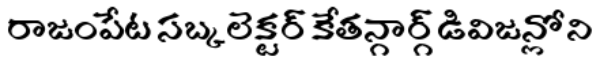
రాజంపేట సబ్కలెక్టర్ కేతన్గార్గ్ డివిజన్లోని